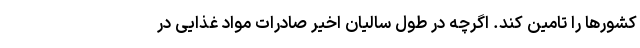
کشورها را تامین کند. اگرچه در طول سالیان اخیر صادرات مواد غذایی در